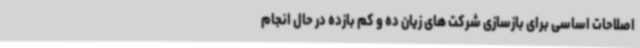
اصلاحات اساسی برای بازسازی شرکت های زیان ده و کم بازده در حال انجام